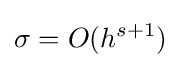
\sigma =O(h^{s+1})